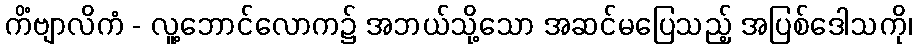
ကိံဗျာလိကံ - လူ့ဘောင်လောက၌ အဘယ်သို့သော အဆင်မပြေသည့် အပြစ်ဒေါသကို၊